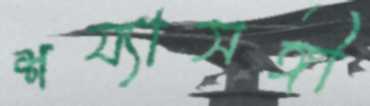
শয্যাসঙ্গী